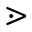
\gtrdot